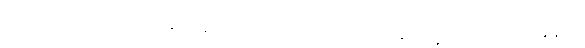
လေယာဉ်ပေါ်က ဆင်းဆင်းချင်း နာရီမတိုက်ခဲ့တော့ မင်းနာရီရဲ့ မြန်မာစံတော်ချိန်က